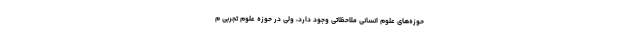
حوزه‌های علوم انسانی ملاحظاتی وجود دارد، ولی در حوزه علوم تجربی م